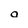
Character: o